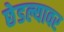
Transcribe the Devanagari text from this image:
छेडल्यावर